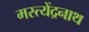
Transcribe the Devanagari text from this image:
मस्त्येंद्रनाथ